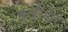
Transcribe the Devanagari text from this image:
कुट्टीयार